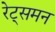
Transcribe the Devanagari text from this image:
रेट्समन